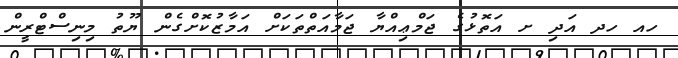
ހއ ހދ އަދި ށ އަތޮޅުގެ ޖަމްޢިއްޔާ ޖަމާއަތްތަކަށް އަމާޒުކޮށްގެން ޔޫތު މިނިސްޓްރީން